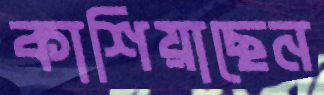
কাশিয়াছেন